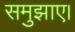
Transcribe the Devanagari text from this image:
समुझाए।